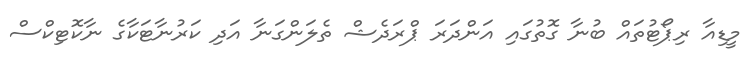
މީޑިއާ ރިޕޯޓުތައް ބުނާ ގޮތުގައި އަންދަރަ ޕްރަދެޝް ތެލަންގަނާ އަދި ކަރުނާޓަކާގެ ނާކޮޓިކްސް